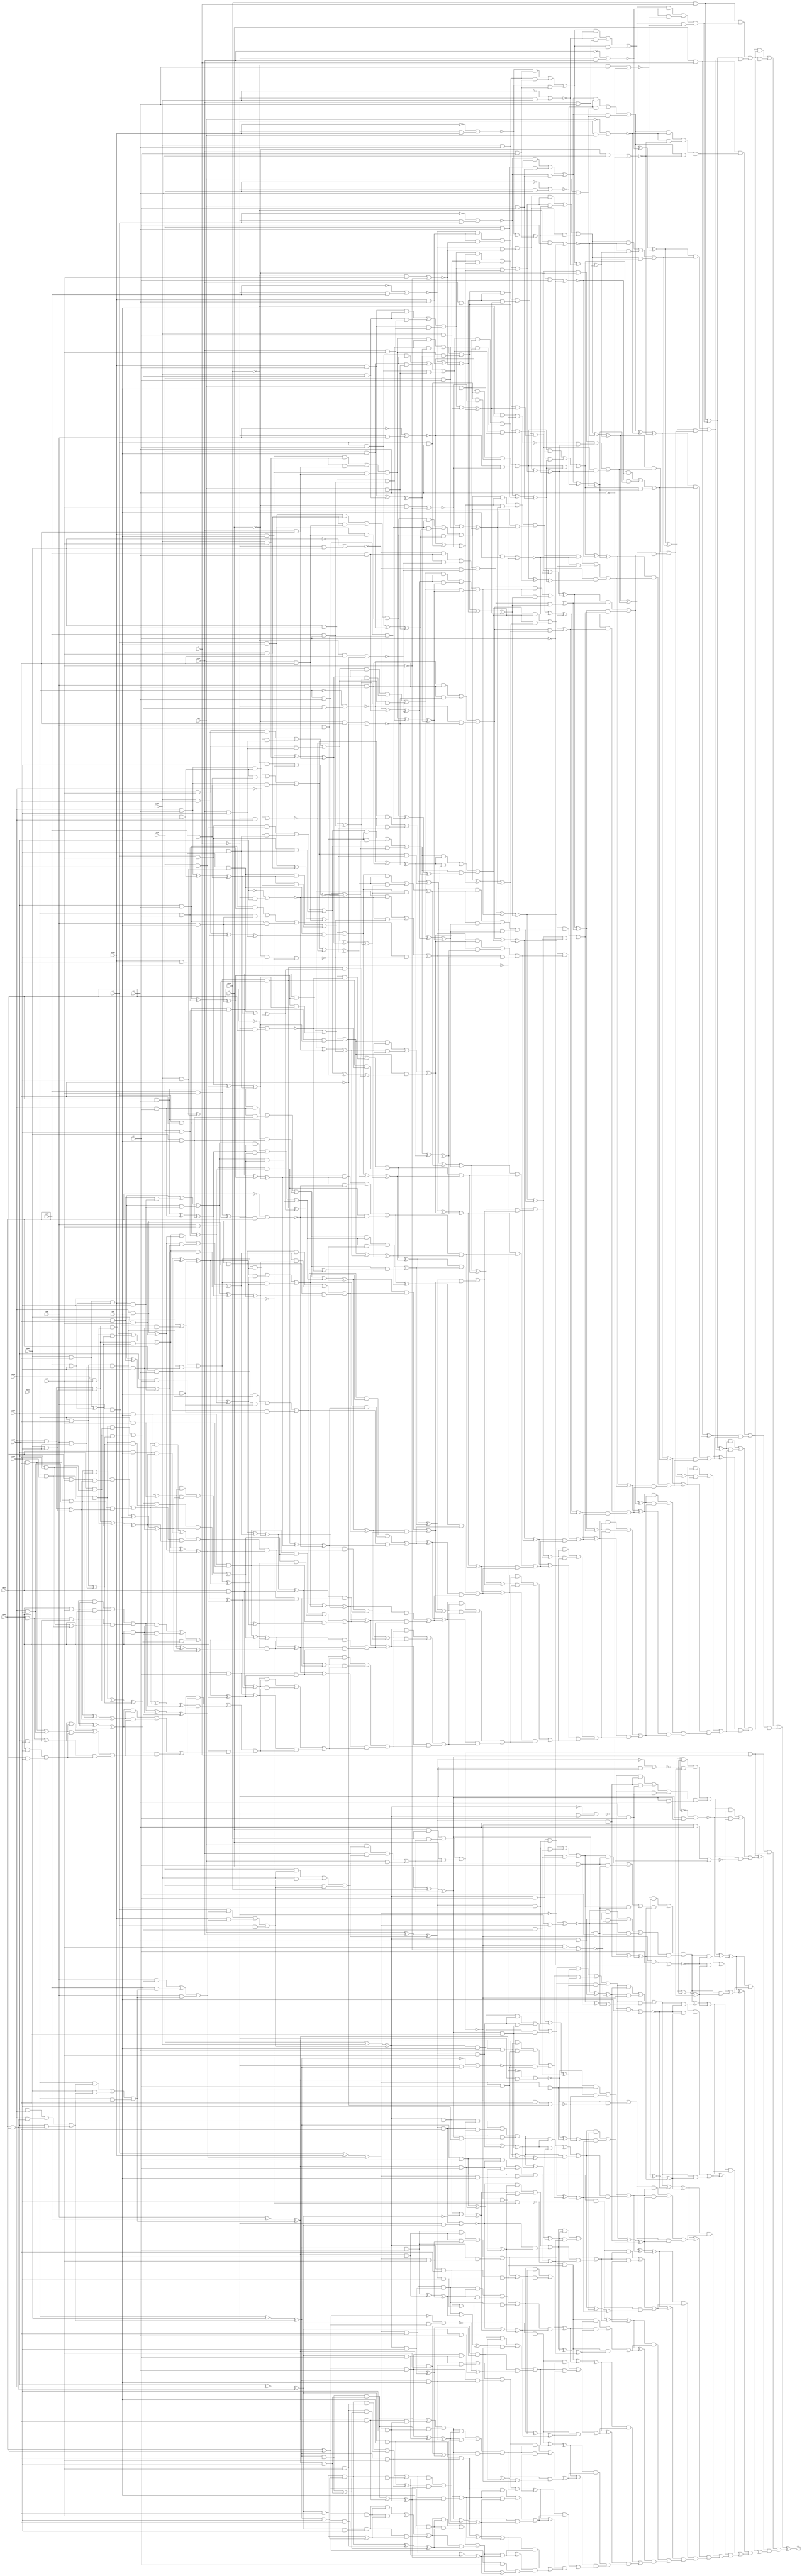
module top (out,n5,n6,n15,n19,n20,n23,n24,n55,n61
        ,n70,n107,n111,n159,n189,n242,n344,n353,n356,n359
        ,n389,n440,n515,n567);
output out;
input n5;
input n6;
input n15;
input n19;
input n20;
input n23;
input n24;
input n55;
input n61;
input n70;
input n107;
input n111;
input n159;
input n189;
input n242;
input n344;
input n353;
input n356;
input n359;
input n389;
input n440;
input n515;
input n567;
wire n0;
wire n1;
wire n2;
wire n3;
wire n4;
wire n7;
wire n8;
wire n9;
wire n10;
wire n11;
wire n12;
wire n13;
wire n14;
wire n16;
wire n17;
wire n18;
wire n21;
wire n22;
wire n25;
wire n26;
wire n27;
wire n28;
wire n29;
wire n30;
wire n31;
wire n32;
wire n33;
wire n34;
wire n35;
wire n36;
wire n37;
wire n38;
wire n39;
wire n40;
wire n41;
wire n42;
wire n43;
wire n44;
wire n45;
wire n46;
wire n47;
wire n48;
wire n49;
wire n50;
wire n51;
wire n52;
wire n53;
wire n54;
wire n56;
wire n57;
wire n58;
wire n59;
wire n60;
wire n62;
wire n63;
wire n64;
wire n65;
wire n66;
wire n67;
wire n68;
wire n69;
wire n71;
wire n72;
wire n73;
wire n74;
wire n75;
wire n76;
wire n77;
wire n78;
wire n79;
wire n80;
wire n81;
wire n82;
wire n83;
wire n84;
wire n85;
wire n86;
wire n87;
wire n88;
wire n89;
wire n90;
wire n91;
wire n92;
wire n93;
wire n94;
wire n95;
wire n96;
wire n97;
wire n98;
wire n99;
wire n100;
wire n101;
wire n102;
wire n103;
wire n104;
wire n105;
wire n106;
wire n108;
wire n109;
wire n110;
wire n112;
wire n113;
wire n114;
wire n115;
wire n116;
wire n117;
wire n118;
wire n119;
wire n120;
wire n121;
wire n122;
wire n123;
wire n124;
wire n125;
wire n126;
wire n127;
wire n128;
wire n129;
wire n130;
wire n131;
wire n132;
wire n133;
wire n134;
wire n135;
wire n136;
wire n137;
wire n138;
wire n139;
wire n140;
wire n141;
wire n142;
wire n143;
wire n144;
wire n145;
wire n146;
wire n147;
wire n148;
wire n149;
wire n150;
wire n151;
wire n152;
wire n153;
wire n154;
wire n155;
wire n156;
wire n157;
wire n158;
wire n160;
wire n161;
wire n162;
wire n163;
wire n164;
wire n165;
wire n166;
wire n167;
wire n168;
wire n169;
wire n170;
wire n171;
wire n172;
wire n173;
wire n174;
wire n175;
wire n176;
wire n177;
wire n178;
wire n179;
wire n180;
wire n181;
wire n182;
wire n183;
wire n184;
wire n185;
wire n186;
wire n187;
wire n188;
wire n190;
wire n191;
wire n192;
wire n193;
wire n194;
wire n195;
wire n196;
wire n197;
wire n198;
wire n199;
wire n200;
wire n201;
wire n202;
wire n203;
wire n204;
wire n205;
wire n206;
wire n207;
wire n208;
wire n209;
wire n210;
wire n211;
wire n212;
wire n213;
wire n214;
wire n215;
wire n216;
wire n217;
wire n218;
wire n219;
wire n220;
wire n221;
wire n222;
wire n223;
wire n224;
wire n225;
wire n226;
wire n227;
wire n228;
wire n229;
wire n230;
wire n231;
wire n232;
wire n233;
wire n234;
wire n235;
wire n236;
wire n237;
wire n238;
wire n239;
wire n240;
wire n241;
wire n243;
wire n244;
wire n245;
wire n246;
wire n247;
wire n248;
wire n249;
wire n250;
wire n251;
wire n252;
wire n253;
wire n254;
wire n255;
wire n256;
wire n257;
wire n258;
wire n259;
wire n260;
wire n261;
wire n262;
wire n263;
wire n264;
wire n265;
wire n266;
wire n267;
wire n268;
wire n269;
wire n270;
wire n271;
wire n272;
wire n273;
wire n274;
wire n275;
wire n276;
wire n277;
wire n278;
wire n279;
wire n280;
wire n281;
wire n282;
wire n283;
wire n284;
wire n285;
wire n286;
wire n287;
wire n288;
wire n289;
wire n290;
wire n291;
wire n292;
wire n293;
wire n294;
wire n295;
wire n296;
wire n297;
wire n298;
wire n299;
wire n300;
wire n301;
wire n302;
wire n303;
wire n304;
wire n305;
wire n306;
wire n307;
wire n308;
wire n309;
wire n310;
wire n311;
wire n312;
wire n313;
wire n314;
wire n315;
wire n316;
wire n317;
wire n318;
wire n319;
wire n320;
wire n321;
wire n322;
wire n323;
wire n324;
wire n325;
wire n326;
wire n327;
wire n328;
wire n329;
wire n330;
wire n331;
wire n332;
wire n333;
wire n334;
wire n335;
wire n336;
wire n337;
wire n338;
wire n339;
wire n340;
wire n341;
wire n342;
wire n343;
wire n345;
wire n346;
wire n347;
wire n348;
wire n349;
wire n350;
wire n351;
wire n352;
wire n354;
wire n355;
wire n357;
wire n358;
wire n360;
wire n361;
wire n362;
wire n363;
wire n364;
wire n365;
wire n366;
wire n367;
wire n368;
wire n369;
wire n370;
wire n371;
wire n372;
wire n373;
wire n374;
wire n375;
wire n376;
wire n377;
wire n378;
wire n379;
wire n380;
wire n381;
wire n382;
wire n383;
wire n384;
wire n385;
wire n386;
wire n387;
wire n388;
wire n390;
wire n391;
wire n392;
wire n393;
wire n394;
wire n395;
wire n396;
wire n397;
wire n398;
wire n399;
wire n400;
wire n401;
wire n402;
wire n403;
wire n404;
wire n405;
wire n406;
wire n407;
wire n408;
wire n409;
wire n410;
wire n411;
wire n412;
wire n413;
wire n414;
wire n415;
wire n416;
wire n417;
wire n418;
wire n419;
wire n420;
wire n421;
wire n422;
wire n423;
wire n424;
wire n425;
wire n426;
wire n427;
wire n428;
wire n429;
wire n430;
wire n431;
wire n432;
wire n433;
wire n434;
wire n435;
wire n436;
wire n437;
wire n438;
wire n439;
wire n441;
wire n442;
wire n443;
wire n444;
wire n445;
wire n446;
wire n447;
wire n448;
wire n449;
wire n450;
wire n451;
wire n452;
wire n453;
wire n454;
wire n455;
wire n456;
wire n457;
wire n458;
wire n459;
wire n460;
wire n461;
wire n462;
wire n463;
wire n464;
wire n465;
wire n466;
wire n467;
wire n468;
wire n469;
wire n470;
wire n471;
wire n472;
wire n473;
wire n474;
wire n475;
wire n476;
wire n477;
wire n478;
wire n479;
wire n480;
wire n481;
wire n482;
wire n483;
wire n484;
wire n485;
wire n486;
wire n487;
wire n488;
wire n489;
wire n490;
wire n491;
wire n492;
wire n493;
wire n494;
wire n495;
wire n496;
wire n497;
wire n498;
wire n499;
wire n500;
wire n501;
wire n502;
wire n503;
wire n504;
wire n505;
wire n506;
wire n507;
wire n508;
wire n509;
wire n510;
wire n511;
wire n512;
wire n513;
wire n514;
wire n516;
wire n517;
wire n518;
wire n519;
wire n520;
wire n521;
wire n522;
wire n523;
wire n524;
wire n525;
wire n526;
wire n527;
wire n528;
wire n529;
wire n530;
wire n531;
wire n532;
wire n533;
wire n534;
wire n535;
wire n536;
wire n537;
wire n538;
wire n539;
wire n540;
wire n541;
wire n542;
wire n543;
wire n544;
wire n545;
wire n546;
wire n547;
wire n548;
wire n549;
wire n550;
wire n551;
wire n552;
wire n553;
wire n554;
wire n555;
wire n556;
wire n557;
wire n558;
wire n559;
wire n560;
wire n561;
wire n562;
wire n563;
wire n564;
wire n565;
wire n566;
wire n568;
wire n569;
wire n570;
wire n571;
wire n572;
wire n573;
wire n574;
wire n575;
wire n576;
wire n577;
wire n578;
wire n579;
wire n580;
wire n581;
wire n582;
wire n583;
wire n584;
wire n585;
wire n586;
wire n587;
wire n588;
wire n589;
wire n590;
wire n591;
wire n592;
wire n593;
wire n594;
wire n595;
wire n596;
wire n597;
wire n598;
wire n599;
wire n600;
wire n601;
wire n602;
wire n603;
wire n604;
wire n605;
wire n606;
wire n607;
wire n608;
wire n609;
wire n610;
wire n611;
wire n612;
wire n613;
wire n614;
wire n615;
wire n616;
wire n617;
wire n618;
wire n619;
wire n620;
wire n621;
wire n622;
wire n623;
wire n624;
wire n625;
wire n626;
wire n627;
wire n628;
wire n629;
wire n630;
wire n631;
wire n632;
wire n633;
wire n634;
wire n635;
wire n636;
wire n637;
wire n638;
wire n639;
wire n640;
wire n641;
wire n642;
wire n643;
wire n644;
wire n645;
wire n646;
wire n647;
wire n648;
wire n649;
wire n650;
wire n651;
wire n652;
wire n653;
wire n654;
wire n655;
wire n656;
wire n657;
wire n658;
wire n659;
wire n660;
wire n661;
wire n662;
wire n663;
wire n664;
wire n665;
wire n666;
wire n667;
wire n668;
wire n669;
wire n670;
wire n671;
wire n672;
wire n673;
wire n674;
wire n675;
wire n676;
wire n677;
wire n678;
wire n679;
wire n680;
wire n681;
wire n682;
wire n683;
wire n684;
wire n685;
wire n686;
wire n687;
wire n688;
wire n689;
wire n690;
wire n691;
wire n692;
wire n693;
wire n694;
wire n695;
wire n696;
wire n697;
wire n698;
wire n699;
wire n700;
wire n701;
wire n702;
wire n703;
wire n704;
wire n705;
wire n706;
wire n707;
wire n708;
wire n709;
wire n710;
wire n711;
wire n712;
wire n713;
wire n714;
wire n715;
wire n716;
wire n717;
wire n718;
wire n719;
wire n720;
wire n721;
wire n722;
wire n723;
wire n724;
wire n725;
wire n726;
wire n727;
wire n728;
wire n729;
wire n730;
wire n731;
wire n732;
wire n733;
wire n734;
wire n735;
wire n736;
wire n737;
wire n738;
wire n739;
wire n740;
wire n741;
wire n742;
wire n743;
wire n744;
wire n745;
wire n746;
wire n747;
wire n748;
wire n749;
wire n750;
wire n751;
wire n752;
wire n753;
wire n754;
wire n755;
wire n756;
wire n757;
wire n758;
wire n759;
wire n760;
wire n761;
wire n762;
wire n763;
wire n764;
wire n765;
wire n766;
wire n767;
wire n768;
wire n769;
wire n770;
wire n771;
wire n772;
wire n773;
wire n774;
wire n775;
wire n776;
wire n777;
wire n778;
wire n779;
wire n780;
wire n781;
wire n782;
wire n783;
wire n784;
wire n785;
wire n786;
wire n787;
wire n788;
wire n789;
wire n790;
wire n791;
wire n792;
wire n793;
wire n794;
wire n795;
wire n796;
wire n797;
wire n798;
wire n799;
wire n800;
wire n801;
wire n802;
wire n803;
wire n804;
wire n805;
wire n806;
wire n807;
wire n808;
wire n809;
wire n810;
wire n811;
wire n812;
wire n813;
wire n814;
wire n815;
wire n816;
wire n817;
wire n818;
wire n819;
wire n820;
wire n821;
wire n822;
wire n823;
wire n824;
wire n825;
wire n826;
wire n827;
wire n828;
wire n829;
wire n830;
wire n831;
wire n832;
wire n833;
wire n834;
wire n835;
wire n836;
wire n837;
wire n838;
wire n839;
wire n840;
wire n841;
wire n842;
wire n843;
wire n844;
wire n845;
wire n846;
wire n847;
wire n848;
wire n849;
wire n850;
wire n851;
wire n852;
wire n853;
wire n854;
wire n855;
wire n856;
wire n857;
wire n858;
wire n859;
wire n860;
wire n861;
wire n862;
wire n863;
wire n864;
wire n865;
wire n866;
wire n867;
wire n868;
wire n869;
wire n870;
wire n871;
wire n872;
wire n873;
wire n874;
wire n875;
wire n876;
wire n877;
wire n878;
wire n879;
wire n880;
wire n881;
wire n882;
wire n883;
wire n884;
wire n885;
wire n886;
wire n887;
wire n888;
wire n889;
wire n890;
wire n891;
wire n892;
wire n893;
wire n894;
wire n895;
wire n896;
wire n897;
wire n898;
wire n899;
wire n900;
wire n901;
wire n902;
wire n903;
wire n904;
wire n905;
wire n906;
wire n907;
wire n908;
wire n909;
wire n910;
wire n911;
wire n912;
wire n913;
wire n914;
wire n915;
wire n916;
wire n917;
wire n918;
wire n919;
wire n920;
wire n921;
wire n922;
wire n923;
wire n924;
wire n925;
wire n926;
wire n927;
wire n928;
wire n929;
wire n930;
wire n931;
wire n932;
wire n933;
wire n934;
wire n935;
wire n936;
wire n937;
wire n938;
wire n939;
wire n940;
wire n941;
wire n942;
wire n943;
wire n944;
wire n945;
wire n946;
wire n947;
wire n948;
wire n949;
wire n950;
wire n951;
wire n952;
wire n953;
wire n954;
wire n955;
wire n956;
wire n957;
wire n958;
wire n959;
wire n960;
wire n961;
wire n962;
wire n963;
wire n964;
wire n965;
wire n966;
wire n967;
wire n968;
wire n969;
wire n970;
wire n971;
wire n972;
wire n973;
wire n974;
wire n975;
wire n976;
wire n977;
wire n978;
wire n979;
wire n980;
wire n981;
wire n982;
wire n983;
wire n984;
wire n985;
wire n986;
wire n987;
wire n988;
wire n989;
wire n990;
wire n991;
wire n992;
wire n993;
wire n994;
wire n995;
wire n996;
wire n997;
wire n998;
wire n999;
wire n1000;
wire n1001;
wire n1002;
wire n1003;
wire n1004;
wire n1005;
wire n1006;
wire n1007;
wire n1008;
wire n1009;
wire n1010;
wire n1011;
wire n1012;
wire n1013;
wire n1014;
wire n1015;
wire n1016;
wire n1017;
wire n1018;
wire n1019;
wire n1020;
wire n1021;
wire n1022;
wire n1023;
wire n1024;
wire n1025;
wire n1026;
wire n1027;
wire n1028;
wire n1029;
wire n1030;
wire n1031;
wire n1032;
wire n1033;
wire n1034;
wire n1035;
wire n1036;
wire n1037;
wire n1038;
wire n1039;
wire n1040;
wire n1041;
wire n1042;
wire n1043;
wire n1044;
wire n1045;
wire n1046;
wire n1047;
wire n1048;
wire n1049;
wire n1050;
wire n1051;
wire n1052;
wire n1053;
wire n1054;
wire n1055;
wire n1056;
wire n1057;
wire n1058;
wire n1059;
wire n1060;
wire n1061;
wire n1062;
wire n1063;
wire n1064;
wire n1065;
wire n1066;
wire n1067;
wire n1068;
wire n1069;
wire n1070;
wire n1071;
wire n1072;
wire n1073;
wire n1074;
wire n1075;
wire n1076;
wire n1077;
wire n1078;
wire n1079;
wire n1080;
wire n1081;
wire n1082;
wire n1083;
wire n1084;
wire n1085;
wire n1086;
wire n1087;
wire n1088;
wire n1089;
wire n1090;
wire n1091;
wire n1092;
wire n1093;
wire n1094;
wire n1095;
wire n1096;
wire n1097;
wire n1098;
wire n1099;
wire n1100;
wire n1101;
wire n1102;
wire n1103;
wire n1104;
wire n1105;
wire n1106;
wire n1107;
wire n1108;
wire n1109;
wire n1110;
wire n1111;
wire n1112;
wire n1113;
wire n1114;
wire n1115;
wire n1116;
wire n1117;
wire n1118;
wire n1119;
wire n1120;
wire n1121;
wire n1122;
wire n1123;
wire n1124;
wire n1125;
wire n1126;
wire n1127;
wire n1128;
wire n1129;
wire n1130;
wire n1131;
wire n1132;
wire n1133;
wire n1134;
wire n1135;
wire n1136;
wire n1137;
wire n1138;
wire n1139;
wire n1140;
wire n1141;
wire n1142;
wire n1143;
wire n1144;
wire n1145;
wire n1146;
wire n1147;
wire n1148;
wire n1149;
wire n1150;
wire n1151;
wire n1152;
wire n1153;
wire n1154;
wire n1155;
wire n1156;
wire n1157;
wire n1158;
wire n1159;
wire n1160;
xor (out,n0,n753);
or (n0,n1,n666,n752);
and (n1,n2,n341);
or (n2,n3,n41);
and (n3,n4,n7);
and (n4,n5,n6);
or (n7,n8,n35,n40);
and (n8,n9,n32);
or (n9,n10,n29,n31);
and (n10,n11,n26);
or (n11,n12,n21,n25);
and (n12,n13,n18);
nor (n13,n14,n16);
not (n14,n15);
and (n16,n17,n15);
not (n17,n6);
and (n18,n19,n20);
and (n21,n18,n22);
and (n22,n23,n24);
and (n25,n13,n22);
nor (n26,n27,n28);
not (n27,n19);
and (n28,n17,n19);
and (n29,n26,n30);
and (n30,n23,n20);
and (n31,n11,n30);
nor (n32,n33,n34);
not (n33,n23);
and (n34,n17,n23);
and (n35,n32,n36);
nor (n36,n37,n39);
and (n37,n38,n20);
not (n38,n5);
not (n39,n20);
and (n40,n9,n36);
and (n41,n42,n43);
xor (n42,n4,n7);
or (n43,n44,n89);
and (n44,n45,n47);
xor (n45,n46,n36);
xor (n46,n9,n32);
or (n47,n48,n85,n88);
and (n48,n49,n82);
or (n49,n50,n78,n81);
and (n50,n51,n64);
or (n51,n52,n58,n63);
and (n52,n53,n57);
nor (n53,n54,n56);
not (n54,n55);
and (n56,n17,n55);
and (n57,n15,n20);
and (n58,n57,n59);
nor (n59,n60,n62);
and (n60,n38,n61);
not (n62,n61);
and (n63,n53,n59);
or (n64,n65,n75,n77);
and (n65,n66,n74);
or (n66,n67,n71,n73);
and (n67,n68,n69);
and (n68,n15,n24);
and (n69,n19,n70);
and (n71,n69,n72);
and (n72,n23,n61);
and (n73,n68,n72);
and (n74,n19,n24);
and (n75,n74,n76);
and (n76,n23,n70);
and (n77,n66,n76);
and (n78,n64,n79);
xor (n79,n80,n22);
xor (n80,n13,n18);
and (n81,n51,n79);
nor (n82,n83,n84);
and (n83,n38,n24);
not (n84,n24);
and (n85,n82,n86);
xor (n86,n87,n30);
xor (n87,n11,n26);
and (n88,n49,n86);
and (n89,n90,n91);
xor (n90,n45,n47);
or (n91,n92,n130);
and (n92,n93,n95);
xor (n93,n94,n86);
xor (n94,n49,n82);
or (n95,n96,n126,n129);
and (n96,n97,n123);
or (n97,n98,n119,n122);
and (n98,n99,n117);
or (n99,n100,n113,n116);
and (n100,n101,n109);
or (n101,n102,n105,n108);
and (n102,n103,n104);
and (n103,n15,n70);
and (n104,n19,n61);
and (n105,n104,n106);
and (n106,n23,n107);
and (n108,n103,n106);
and (n109,n110,n112);
and (n110,n111,n20);
and (n112,n55,n24);
and (n113,n109,n114);
xor (n114,n115,n72);
xor (n115,n68,n69);
and (n116,n101,n114);
xor (n117,n118,n59);
xor (n118,n53,n57);
and (n119,n117,n120);
xor (n120,n121,n76);
xor (n121,n66,n74);
and (n122,n99,n120);
nor (n123,n124,n125);
and (n124,n38,n70);
not (n125,n70);
and (n126,n123,n127);
xor (n127,n128,n79);
xor (n128,n51,n64);
and (n129,n97,n127);
and (n130,n131,n132);
xor (n131,n93,n95);
or (n132,n133,n176);
and (n133,n134,n136);
xor (n134,n135,n127);
xor (n135,n97,n123);
or (n136,n137,n172,n175);
and (n137,n138,n149);
or (n138,n139,n144,n148);
and (n139,n140,n143);
nor (n140,n141,n142);
not (n141,n111);
and (n142,n17,n111);
and (n143,n55,n20);
and (n144,n143,n145);
nor (n145,n146,n147);
and (n146,n38,n107);
not (n147,n107);
and (n148,n140,n145);
or (n149,n150,n168,n171);
and (n150,n151,n166);
or (n151,n152,n163,n165);
and (n152,n153,n161);
or (n153,n154,n157,n160);
and (n154,n155,n156);
and (n155,n15,n61);
and (n156,n19,n107);
and (n157,n156,n158);
and (n158,n23,n159);
and (n160,n155,n158);
xor (n161,n162,n106);
xor (n162,n103,n104);
and (n163,n161,n164);
xor (n164,n110,n112);
and (n165,n153,n164);
xor (n166,n167,n145);
xor (n167,n140,n143);
and (n168,n166,n169);
xor (n169,n170,n114);
xor (n170,n101,n109);
and (n171,n151,n169);
and (n172,n149,n173);
xor (n173,n174,n120);
xor (n174,n99,n117);
and (n175,n138,n173);
and (n176,n177,n178);
xor (n177,n134,n136);
or (n178,n179,n225);
and (n179,n180,n182);
xor (n180,n181,n173);
xor (n181,n138,n149);
or (n182,n183,n221,n224);
and (n183,n184,n202);
or (n184,n185,n197,n201);
and (n185,n186,n194);
or (n186,n187,n191,n193);
and (n187,n188,n190);
and (n188,n189,n20);
and (n190,n111,n24);
and (n191,n190,n192);
and (n192,n55,n70);
and (n193,n188,n192);
nor (n194,n195,n196);
not (n195,n189);
and (n196,n17,n189);
and (n197,n194,n198);
nor (n198,n199,n200);
and (n199,n38,n159);
not (n200,n159);
and (n201,n186,n198);
or (n202,n203,n217,n220);
and (n203,n204,n215);
or (n204,n205,n211,n214);
and (n205,n206,n209);
and (n206,n207,n208);
and (n207,n15,n107);
and (n208,n19,n159);
xor (n209,n210,n192);
xor (n210,n188,n190);
and (n211,n209,n212);
xor (n212,n213,n158);
xor (n213,n155,n156);
and (n214,n206,n212);
xor (n215,n216,n198);
xor (n216,n186,n194);
and (n217,n215,n218);
xor (n218,n219,n164);
xor (n219,n153,n161);
and (n220,n204,n218);
and (n221,n202,n222);
xor (n222,n223,n169);
xor (n223,n151,n166);
and (n224,n184,n222);
and (n225,n226,n227);
xor (n226,n180,n182);
or (n227,n228,n247);
and (n228,n229,n231);
xor (n229,n230,n222);
xor (n230,n184,n202);
and (n231,n232,n245);
or (n232,n233,n239,n244);
and (n233,n234,n237);
and (n234,n235,n236);
and (n235,n55,n61);
xor (n236,n207,n208);
xor (n237,n238,n212);
xor (n238,n206,n209);
and (n239,n237,n240);
nor (n240,n241,n243);
not (n241,n242);
and (n243,n17,n242);
and (n244,n234,n240);
xor (n245,n246,n218);
xor (n246,n204,n215);
and (n247,n248,n249);
xor (n248,n229,n231);
or (n249,n250,n280);
and (n250,n251,n252);
xor (n251,n232,n245);
or (n252,n253,n276,n279);
and (n253,n254,n261);
or (n254,n255,n258,n260);
and (n255,n256,n257);
and (n256,n242,n20);
and (n257,n189,n24);
and (n258,n257,n259);
and (n259,n111,n70);
and (n260,n256,n259);
or (n261,n262,n273,n275);
and (n262,n263,n271);
or (n263,n264,n267,n270);
and (n264,n265,n266);
and (n265,n111,n107);
and (n266,n55,n159);
and (n267,n268,n269);
and (n268,n55,n107);
and (n269,n15,n159);
and (n270,n264,n269);
xor (n271,n272,n259);
xor (n272,n256,n257);
and (n273,n271,n274);
xor (n274,n235,n236);
and (n275,n263,n274);
and (n276,n261,n277);
xor (n277,n278,n240);
xor (n278,n234,n237);
and (n279,n254,n277);
and (n280,n281,n282);
xor (n281,n251,n252);
or (n282,n283,n311);
and (n283,n284,n286);
xor (n284,n285,n277);
xor (n285,n254,n261);
or (n286,n287,n307,n310);
and (n287,n288,n291);
and (n288,n289,n290);
and (n289,n189,n70);
and (n290,n111,n61);
or (n291,n292,n303,n306);
and (n292,n293,n302);
or (n293,n294,n299,n301);
and (n294,n295,n298);
and (n295,n296,n297);
and (n296,n189,n107);
and (n297,n111,n159);
and (n298,n189,n61);
and (n299,n298,n300);
xor (n300,n265,n266);
and (n301,n295,n300);
xor (n302,n289,n290);
and (n303,n302,n304);
xor (n304,n305,n269);
xor (n305,n264,n268);
and (n306,n293,n304);
and (n307,n291,n308);
xor (n308,n309,n274);
xor (n309,n263,n271);
and (n310,n288,n308);
and (n311,n312,n313);
xor (n312,n284,n286);
or (n313,n314,n336);
and (n314,n315,n317);
xor (n315,n316,n308);
xor (n316,n288,n291);
and (n317,n318,n334);
or (n318,n319,n330,n333);
and (n319,n320,n329);
or (n320,n321,n326,n328);
and (n321,n322,n325);
and (n322,n323,n324);
and (n323,n242,n107);
and (n324,n189,n159);
and (n325,n242,n61);
and (n326,n325,n327);
xor (n327,n296,n297);
and (n328,n322,n327);
and (n329,n242,n70);
and (n330,n329,n331);
xor (n331,n332,n300);
xor (n332,n295,n298);
and (n333,n320,n331);
xor (n334,n335,n304);
xor (n335,n293,n302);
and (n336,n337,n338);
xor (n337,n315,n317);
and (n338,n339,n340);
and (n339,n242,n24);
xor (n340,n318,n334);
or (n341,n342,n375);
and (n342,n343,n345);
and (n343,n344,n6);
or (n345,n346,n370,n374);
and (n346,n347,n367);
or (n347,n348,n364,n366);
and (n348,n349,n361);
or (n349,n350,n357,n360);
and (n350,n351,n355);
nor (n351,n352,n354);
not (n352,n353);
and (n354,n17,n353);
and (n355,n356,n20);
and (n357,n355,n358);
and (n358,n359,n24);
and (n360,n351,n358);
nor (n361,n362,n363);
not (n362,n356);
and (n363,n17,n356);
and (n364,n361,n365);
and (n365,n359,n20);
and (n366,n349,n365);
nor (n367,n368,n369);
not (n368,n359);
and (n369,n17,n359);
and (n370,n367,n371);
nor (n371,n372,n39);
and (n372,n373,n20);
not (n373,n344);
and (n374,n347,n371);
and (n375,n376,n377);
xor (n376,n343,n345);
or (n377,n378,n419);
and (n378,n379,n381);
xor (n379,n380,n371);
xor (n380,n347,n367);
or (n381,n382,n415,n418);
and (n382,n383,n413);
or (n383,n384,n409,n412);
and (n384,n385,n396);
or (n385,n386,n392,n395);
and (n386,n387,n391);
nor (n387,n388,n390);
not (n388,n389);
and (n390,n17,n389);
and (n391,n353,n20);
and (n392,n391,n393);
nor (n393,n394,n62);
and (n394,n373,n61);
and (n395,n387,n393);
or (n396,n397,n406,n408);
and (n397,n398,n405);
or (n398,n399,n402,n404);
and (n399,n400,n401);
and (n400,n353,n24);
and (n401,n356,n70);
and (n402,n401,n403);
and (n403,n359,n61);
and (n404,n400,n403);
and (n405,n356,n24);
and (n406,n405,n407);
and (n407,n359,n70);
and (n408,n398,n407);
and (n409,n396,n410);
xor (n410,n411,n358);
xor (n411,n351,n355);
and (n412,n385,n410);
nor (n413,n414,n84);
and (n414,n373,n24);
and (n415,n413,n416);
xor (n416,n417,n365);
xor (n417,n349,n361);
and (n418,n383,n416);
and (n419,n420,n421);
xor (n420,n379,n381);
or (n421,n422,n458);
and (n422,n423,n425);
xor (n423,n424,n416);
xor (n424,n383,n413);
or (n425,n426,n454,n457);
and (n426,n427,n452);
or (n427,n428,n448,n451);
and (n428,n429,n446);
or (n429,n430,n442,n445);
and (n430,n431,n438);
or (n431,n432,n435,n437);
and (n432,n433,n434);
and (n433,n353,n70);
and (n434,n356,n61);
and (n435,n434,n436);
and (n436,n359,n107);
and (n437,n433,n436);
and (n438,n439,n441);
and (n439,n440,n20);
and (n441,n389,n24);
and (n442,n438,n443);
xor (n443,n444,n403);
xor (n444,n400,n401);
and (n445,n431,n443);
xor (n446,n447,n393);
xor (n447,n387,n391);
and (n448,n446,n449);
xor (n449,n450,n407);
xor (n450,n398,n405);
and (n451,n429,n449);
nor (n452,n453,n125);
and (n453,n373,n70);
and (n454,n452,n455);
xor (n455,n456,n410);
xor (n456,n385,n396);
and (n457,n427,n455);
and (n458,n459,n460);
xor (n459,n423,n425);
or (n460,n461,n502);
and (n461,n462,n464);
xor (n462,n463,n455);
xor (n463,n427,n452);
or (n464,n465,n498,n501);
and (n465,n466,n476);
or (n466,n467,n472,n475);
and (n467,n468,n471);
nor (n468,n469,n470);
not (n469,n440);
and (n470,n17,n440);
and (n471,n389,n20);
and (n472,n471,n473);
nor (n473,n474,n147);
and (n474,n373,n107);
and (n475,n468,n473);
or (n476,n477,n494,n497);
and (n477,n478,n492);
or (n478,n479,n489,n491);
and (n479,n480,n487);
or (n480,n481,n484,n486);
and (n481,n482,n483);
and (n482,n353,n61);
and (n483,n356,n107);
and (n484,n483,n485);
and (n485,n359,n159);
and (n486,n482,n485);
xor (n487,n488,n436);
xor (n488,n433,n434);
and (n489,n487,n490);
xor (n490,n439,n441);
and (n491,n480,n490);
xor (n492,n493,n473);
xor (n493,n468,n471);
and (n494,n492,n495);
xor (n495,n496,n443);
xor (n496,n431,n438);
and (n497,n478,n495);
and (n498,n476,n499);
xor (n499,n500,n449);
xor (n500,n429,n446);
and (n501,n466,n499);
and (n502,n503,n504);
xor (n503,n462,n464);
or (n504,n505,n550);
and (n505,n506,n508);
xor (n506,n507,n499);
xor (n507,n466,n476);
or (n508,n509,n546,n549);
and (n509,n510,n527);
or (n510,n511,n523,n526);
and (n511,n512,n520);
or (n512,n513,n517,n519);
and (n513,n514,n516);
and (n514,n515,n20);
and (n516,n440,n24);
and (n517,n516,n518);
and (n518,n389,n70);
and (n519,n514,n518);
nor (n520,n521,n522);
not (n521,n515);
and (n522,n17,n515);
and (n523,n520,n524);
nor (n524,n525,n200);
and (n525,n373,n159);
and (n526,n512,n524);
or (n527,n528,n542,n545);
and (n528,n529,n540);
or (n529,n530,n536,n539);
and (n530,n531,n534);
and (n531,n532,n533);
and (n532,n353,n107);
and (n533,n356,n159);
xor (n534,n535,n518);
xor (n535,n514,n516);
and (n536,n534,n537);
xor (n537,n538,n485);
xor (n538,n482,n483);
and (n539,n531,n537);
xor (n540,n541,n524);
xor (n541,n512,n520);
and (n542,n540,n543);
xor (n543,n544,n490);
xor (n544,n480,n487);
and (n545,n529,n543);
and (n546,n527,n547);
xor (n547,n548,n495);
xor (n548,n478,n492);
and (n549,n510,n547);
and (n550,n551,n552);
xor (n551,n506,n508);
or (n552,n553,n572);
and (n553,n554,n556);
xor (n554,n555,n547);
xor (n555,n510,n527);
and (n556,n557,n570);
or (n557,n558,n564,n569);
and (n558,n559,n562);
and (n559,n560,n561);
and (n560,n389,n61);
xor (n561,n532,n533);
xor (n562,n563,n537);
xor (n563,n531,n534);
and (n564,n562,n565);
nor (n565,n566,n568);
not (n566,n567);
and (n568,n17,n567);
and (n569,n559,n565);
xor (n570,n571,n543);
xor (n571,n529,n540);
and (n572,n573,n574);
xor (n573,n554,n556);
or (n574,n575,n605);
and (n575,n576,n577);
xor (n576,n557,n570);
or (n577,n578,n601,n604);
and (n578,n579,n586);
or (n579,n580,n583,n585);
and (n580,n581,n582);
and (n581,n567,n20);
and (n582,n515,n24);
and (n583,n582,n584);
and (n584,n440,n70);
and (n585,n581,n584);
or (n586,n587,n598,n600);
and (n587,n588,n596);
or (n588,n589,n592,n595);
and (n589,n590,n591);
and (n590,n440,n107);
and (n591,n389,n159);
and (n592,n593,n594);
and (n593,n389,n107);
and (n594,n353,n159);
and (n595,n589,n594);
xor (n596,n597,n584);
xor (n597,n581,n582);
and (n598,n596,n599);
xor (n599,n560,n561);
and (n600,n588,n599);
and (n601,n586,n602);
xor (n602,n603,n565);
xor (n603,n559,n562);
and (n604,n579,n602);
and (n605,n606,n607);
xor (n606,n576,n577);
or (n607,n608,n636);
and (n608,n609,n611);
xor (n609,n610,n602);
xor (n610,n579,n586);
or (n611,n612,n632,n635);
and (n612,n613,n616);
and (n613,n614,n615);
and (n614,n515,n70);
and (n615,n440,n61);
or (n616,n617,n628,n631);
and (n617,n618,n627);
or (n618,n619,n624,n626);
and (n619,n620,n623);
and (n620,n621,n622);
and (n621,n515,n107);
and (n622,n440,n159);
and (n623,n515,n61);
and (n624,n623,n625);
xor (n625,n590,n591);
and (n626,n620,n625);
xor (n627,n614,n615);
and (n628,n627,n629);
xor (n629,n630,n594);
xor (n630,n589,n593);
and (n631,n618,n629);
and (n632,n616,n633);
xor (n633,n634,n599);
xor (n634,n588,n596);
and (n635,n613,n633);
and (n636,n637,n638);
xor (n637,n609,n611);
or (n638,n639,n661);
and (n639,n640,n642);
xor (n640,n641,n633);
xor (n641,n613,n616);
and (n642,n643,n659);
or (n643,n644,n655,n658);
and (n644,n645,n654);
or (n645,n646,n651,n653);
and (n646,n647,n650);
and (n647,n648,n649);
and (n648,n567,n107);
and (n649,n515,n159);
and (n650,n567,n61);
and (n651,n650,n652);
xor (n652,n621,n622);
and (n653,n647,n652);
and (n654,n567,n70);
and (n655,n654,n656);
xor (n656,n657,n625);
xor (n657,n620,n623);
and (n658,n645,n656);
xor (n659,n660,n629);
xor (n660,n618,n627);
and (n661,n662,n663);
xor (n662,n640,n642);
and (n663,n664,n665);
and (n664,n567,n24);
xor (n665,n643,n659);
and (n666,n341,n667);
or (n667,n668,n671,n751);
and (n668,n669,n670);
xor (n669,n42,n43);
xor (n670,n376,n377);
and (n671,n670,n672);
or (n672,n673,n676,n750);
and (n673,n674,n675);
xor (n674,n90,n91);
xor (n675,n420,n421);
and (n676,n675,n677);
or (n677,n678,n681,n749);
and (n678,n679,n680);
xor (n679,n131,n132);
xor (n680,n459,n460);
and (n681,n680,n682);
or (n682,n683,n686,n748);
and (n683,n684,n685);
xor (n684,n177,n178);
xor (n685,n503,n504);
and (n686,n685,n687);
or (n687,n688,n691,n747);
and (n688,n689,n690);
xor (n689,n226,n227);
xor (n690,n551,n552);
and (n691,n690,n692);
or (n692,n693,n696,n746);
and (n693,n694,n695);
xor (n694,n248,n249);
xor (n695,n573,n574);
and (n696,n695,n697);
or (n697,n698,n701,n745);
and (n698,n699,n700);
xor (n699,n281,n282);
xor (n700,n606,n607);
and (n701,n700,n702);
or (n702,n703,n706,n744);
and (n703,n704,n705);
xor (n704,n312,n313);
xor (n705,n637,n638);
and (n706,n705,n707);
or (n707,n708,n711,n743);
and (n708,n709,n710);
xor (n709,n337,n338);
xor (n710,n662,n663);
and (n711,n710,n712);
or (n712,n713,n716,n742);
and (n713,n714,n715);
xor (n714,n339,n340);
xor (n715,n664,n665);
and (n716,n715,n717);
or (n717,n718,n723,n741);
and (n718,n719,n721);
xor (n719,n720,n331);
xor (n720,n320,n329);
xor (n721,n722,n656);
xor (n722,n645,n654);
and (n723,n721,n724);
or (n724,n725,n730,n740);
and (n725,n726,n728);
xor (n726,n727,n327);
xor (n727,n322,n325);
xor (n728,n729,n652);
xor (n729,n647,n650);
and (n730,n728,n731);
or (n731,n732,n735,n739);
and (n732,n733,n734);
xor (n733,n323,n324);
xor (n734,n648,n649);
and (n735,n734,n736);
and (n736,n737,n738);
and (n737,n242,n159);
and (n738,n567,n159);
and (n739,n733,n736);
and (n740,n726,n731);
and (n741,n719,n724);
and (n742,n714,n717);
and (n743,n709,n712);
and (n744,n704,n707);
and (n745,n699,n702);
and (n746,n694,n697);
and (n747,n689,n692);
and (n748,n684,n687);
and (n749,n679,n682);
and (n750,n674,n677);
and (n751,n669,n672);
and (n752,n2,n667);
or (n753,n754,n818);
and (n754,n755,n785);
and (n755,n756,n6);
or (n756,n757,n758,n784);
and (n757,n5,n344);
and (n758,n344,n759);
or (n759,n760,n761,n783);
and (n760,n23,n359);
and (n761,n359,n762);
or (n762,n763,n764,n782);
and (n763,n19,n356);
and (n764,n356,n765);
or (n765,n766,n767,n781);
and (n766,n15,n353);
and (n767,n353,n768);
or (n768,n769,n770,n780);
and (n769,n55,n389);
and (n770,n389,n771);
or (n771,n772,n773,n779);
and (n772,n111,n440);
and (n773,n440,n774);
or (n774,n775,n776,n778);
and (n775,n189,n515);
and (n776,n515,n777);
and (n777,n242,n567);
and (n778,n189,n777);
and (n779,n111,n774);
and (n780,n55,n771);
and (n781,n15,n768);
and (n782,n19,n765);
and (n783,n23,n762);
and (n784,n5,n759);
or (n785,n786,n813,n817);
and (n786,n787,n810);
or (n787,n788,n807,n809);
and (n788,n789,n804);
or (n789,n790,n799,n803);
and (n790,n791,n796);
nor (n791,n792,n795);
not (n792,n793);
xor (n793,n794,n765);
xor (n794,n19,n356);
and (n795,n17,n793);
and (n796,n797,n20);
xor (n797,n798,n762);
xor (n798,n23,n359);
and (n799,n796,n800);
and (n800,n801,n24);
xor (n801,n802,n759);
xor (n802,n5,n344);
and (n803,n791,n800);
nor (n804,n805,n806);
not (n805,n797);
and (n806,n17,n797);
and (n807,n804,n808);
and (n808,n801,n20);
and (n809,n789,n808);
nor (n810,n811,n812);
not (n811,n801);
and (n812,n17,n801);
and (n813,n810,n814);
nor (n814,n815,n39);
and (n815,n816,n20);
not (n816,n756);
and (n817,n787,n814);
and (n818,n819,n820);
xor (n819,n755,n785);
or (n820,n821,n863);
and (n821,n822,n824);
xor (n822,n823,n814);
xor (n823,n787,n810);
or (n824,n825,n859,n862);
and (n825,n826,n857);
or (n826,n827,n853,n856);
and (n827,n828,n840);
or (n828,n829,n836,n839);
and (n829,n830,n835);
nor (n830,n831,n834);
not (n831,n832);
xor (n832,n833,n768);
xor (n833,n15,n353);
and (n834,n17,n832);
and (n835,n793,n20);
and (n836,n835,n837);
nor (n837,n838,n62);
and (n838,n816,n61);
and (n839,n830,n837);
or (n840,n841,n850,n852);
and (n841,n842,n849);
or (n842,n843,n846,n848);
and (n843,n844,n845);
and (n844,n793,n24);
and (n845,n797,n70);
and (n846,n845,n847);
and (n847,n801,n61);
and (n848,n844,n847);
and (n849,n797,n24);
and (n850,n849,n851);
and (n851,n801,n70);
and (n852,n842,n851);
and (n853,n840,n854);
xor (n854,n855,n800);
xor (n855,n791,n796);
and (n856,n828,n854);
nor (n857,n858,n84);
and (n858,n816,n24);
and (n859,n857,n860);
xor (n860,n861,n808);
xor (n861,n789,n804);
and (n862,n826,n860);
and (n863,n864,n865);
xor (n864,n822,n824);
or (n865,n866,n911);
and (n866,n867,n869);
xor (n867,n868,n860);
xor (n868,n826,n857);
or (n869,n870,n907,n910);
and (n870,n871,n905);
or (n871,n872,n901,n904);
and (n872,n873,n899);
or (n873,n874,n895,n898);
and (n874,n875,n882);
or (n875,n876,n879,n881);
and (n876,n877,n878);
and (n877,n793,n70);
and (n878,n797,n61);
and (n879,n878,n880);
and (n880,n801,n107);
and (n881,n877,n880);
or (n882,n883,n892,n894);
and (n883,n884,n889);
nor (n884,n885,n888);
not (n885,n886);
xor (n886,n887,n774);
xor (n887,n111,n440);
and (n888,n17,n886);
and (n889,n890,n20);
xor (n890,n891,n771);
xor (n891,n55,n389);
and (n892,n889,n893);
and (n893,n832,n24);
and (n894,n884,n893);
and (n895,n882,n896);
xor (n896,n897,n847);
xor (n897,n844,n845);
and (n898,n875,n896);
xor (n899,n900,n837);
xor (n900,n830,n835);
and (n901,n899,n902);
xor (n902,n903,n851);
xor (n903,n842,n849);
and (n904,n873,n902);
nor (n905,n906,n125);
and (n906,n816,n70);
and (n907,n905,n908);
xor (n908,n909,n854);
xor (n909,n828,n840);
and (n910,n871,n908);
and (n911,n912,n913);
xor (n912,n867,n869);
or (n913,n914,n956);
and (n914,n915,n917);
xor (n915,n916,n908);
xor (n916,n871,n905);
or (n917,n918,n952,n955);
and (n918,n919,n929);
or (n919,n920,n925,n928);
and (n920,n921,n924);
nor (n921,n922,n923);
not (n922,n890);
and (n923,n17,n890);
and (n924,n832,n20);
and (n925,n924,n926);
nor (n926,n927,n147);
and (n927,n816,n107);
and (n928,n921,n926);
or (n929,n930,n948,n951);
and (n930,n931,n946);
or (n931,n932,n942,n945);
and (n932,n933,n940);
or (n933,n934,n937,n939);
and (n934,n935,n936);
and (n935,n793,n61);
and (n936,n797,n107);
and (n937,n936,n938);
and (n938,n801,n159);
and (n939,n935,n938);
xor (n940,n941,n880);
xor (n941,n877,n878);
and (n942,n940,n943);
xor (n943,n944,n893);
xor (n944,n884,n889);
and (n945,n933,n943);
xor (n946,n947,n926);
xor (n947,n921,n924);
and (n948,n946,n949);
xor (n949,n950,n896);
xor (n950,n875,n882);
and (n951,n931,n949);
and (n952,n929,n953);
xor (n953,n954,n902);
xor (n954,n873,n899);
and (n955,n919,n953);
and (n956,n957,n958);
xor (n957,n915,n917);
or (n958,n959,n998);
and (n959,n960,n962);
xor (n960,n961,n953);
xor (n961,n919,n929);
or (n962,n963,n994,n997);
and (n963,n964,n974);
and (n964,n965,n972);
or (n965,n966,n969,n971);
and (n966,n967,n968);
and (n967,n886,n20);
and (n968,n890,n24);
and (n969,n968,n970);
and (n970,n832,n70);
and (n971,n967,n970);
nor (n972,n973,n200);
and (n973,n816,n159);
or (n974,n975,n991,n993);
and (n975,n976,n989);
or (n976,n977,n985,n988);
and (n977,n978,n983);
nor (n978,n979,n982);
not (n979,n980);
xor (n980,n981,n777);
xor (n981,n189,n515);
and (n982,n17,n980);
xor (n983,n984,n938);
xor (n984,n935,n936);
and (n985,n983,n986);
xor (n986,n987,n970);
xor (n987,n967,n968);
and (n988,n978,n986);
xor (n989,n990,n943);
xor (n990,n933,n940);
and (n991,n989,n992);
xor (n992,n965,n972);
and (n993,n976,n992);
and (n994,n974,n995);
xor (n995,n996,n949);
xor (n996,n931,n946);
and (n997,n964,n995);
and (n998,n999,n1000);
xor (n999,n960,n962);
or (n1000,n1001,n1038);
and (n1001,n1002,n1004);
xor (n1002,n1003,n995);
xor (n1003,n964,n974);
or (n1004,n1005,n1034,n1037);
and (n1005,n1006,n1017);
and (n1006,n1007,n1014);
or (n1007,n1008,n1011,n1013);
and (n1008,n1009,n1010);
and (n1009,n886,n24);
and (n1010,n890,n70);
and (n1011,n1010,n1012);
and (n1012,n832,n61);
and (n1013,n1009,n1012);
and (n1014,n1015,n1016);
and (n1015,n793,n107);
and (n1016,n797,n159);
or (n1017,n1018,n1030,n1033);
and (n1018,n1019,n1029);
or (n1019,n1020,n1026,n1028);
and (n1020,n1021,n1024);
and (n1021,n1022,n1023);
and (n1022,n832,n107);
and (n1023,n793,n159);
xor (n1024,n1025,n1012);
xor (n1025,n1009,n1010);
and (n1026,n1024,n1027);
xor (n1027,n1015,n1016);
and (n1028,n1021,n1027);
xor (n1029,n1007,n1014);
and (n1030,n1029,n1031);
xor (n1031,n1032,n986);
xor (n1032,n978,n983);
and (n1033,n1019,n1031);
and (n1034,n1017,n1035);
xor (n1035,n1036,n992);
xor (n1036,n976,n989);
and (n1037,n1006,n1035);
and (n1038,n1039,n1040);
xor (n1039,n1002,n1004);
or (n1040,n1041,n1066);
and (n1041,n1042,n1044);
xor (n1042,n1043,n1035);
xor (n1043,n1006,n1017);
or (n1044,n1045,n1062,n1065);
and (n1045,n1046,n1052);
and (n1046,n1047,n1051);
nor (n1047,n1048,n1050);
not (n1048,n1049);
xor (n1049,n242,n567);
and (n1050,n17,n1049);
and (n1051,n980,n20);
or (n1052,n1053,n1059,n1061);
and (n1053,n1054,n1057);
and (n1054,n1055,n1056);
and (n1055,n890,n61);
xor (n1056,n1022,n1023);
xor (n1057,n1058,n1027);
xor (n1058,n1021,n1024);
and (n1059,n1057,n1060);
xor (n1060,n1047,n1051);
and (n1061,n1054,n1060);
and (n1062,n1052,n1063);
xor (n1063,n1064,n1031);
xor (n1064,n1019,n1029);
and (n1065,n1046,n1063);
and (n1066,n1067,n1068);
xor (n1067,n1042,n1044);
or (n1068,n1069,n1100);
and (n1069,n1070,n1072);
xor (n1070,n1071,n1063);
xor (n1071,n1046,n1052);
or (n1072,n1073,n1096,n1099);
and (n1073,n1074,n1081);
or (n1074,n1075,n1078,n1080);
and (n1075,n1076,n1077);
and (n1076,n1049,n20);
and (n1077,n980,n24);
and (n1078,n1077,n1079);
and (n1079,n886,n70);
and (n1080,n1076,n1079);
or (n1081,n1082,n1093,n1095);
and (n1082,n1083,n1091);
or (n1083,n1084,n1087,n1090);
and (n1084,n1085,n1086);
and (n1085,n886,n107);
and (n1086,n890,n159);
and (n1087,n1088,n1089);
and (n1088,n890,n107);
and (n1089,n832,n159);
and (n1090,n1084,n1089);
xor (n1091,n1092,n1079);
xor (n1092,n1076,n1077);
and (n1093,n1091,n1094);
xor (n1094,n1055,n1056);
and (n1095,n1083,n1094);
and (n1096,n1081,n1097);
xor (n1097,n1098,n1060);
xor (n1098,n1054,n1057);
and (n1099,n1074,n1097);
and (n1100,n1101,n1102);
xor (n1101,n1070,n1072);
or (n1102,n1103,n1131);
and (n1103,n1104,n1106);
xor (n1104,n1105,n1097);
xor (n1105,n1074,n1081);
or (n1106,n1107,n1127,n1130);
and (n1107,n1108,n1111);
and (n1108,n1109,n1110);
and (n1109,n980,n70);
and (n1110,n886,n61);
or (n1111,n1112,n1123,n1126);
and (n1112,n1113,n1122);
or (n1113,n1114,n1119,n1121);
and (n1114,n1115,n1118);
and (n1115,n1116,n1117);
and (n1116,n980,n107);
and (n1117,n886,n159);
and (n1118,n980,n61);
and (n1119,n1118,n1120);
xor (n1120,n1085,n1086);
and (n1121,n1115,n1120);
xor (n1122,n1109,n1110);
and (n1123,n1122,n1124);
xor (n1124,n1125,n1089);
xor (n1125,n1084,n1088);
and (n1126,n1113,n1124);
and (n1127,n1111,n1128);
xor (n1128,n1129,n1094);
xor (n1129,n1083,n1091);
and (n1130,n1108,n1128);
and (n1131,n1132,n1133);
xor (n1132,n1104,n1106);
or (n1133,n1134,n1156);
and (n1134,n1135,n1137);
xor (n1135,n1136,n1128);
xor (n1136,n1108,n1111);
and (n1137,n1138,n1154);
or (n1138,n1139,n1150,n1153);
and (n1139,n1140,n1149);
or (n1140,n1141,n1146,n1148);
and (n1141,n1142,n1145);
and (n1142,n1143,n1144);
and (n1143,n1049,n107);
and (n1144,n980,n159);
and (n1145,n1049,n61);
and (n1146,n1145,n1147);
xor (n1147,n1116,n1117);
and (n1148,n1142,n1147);
and (n1149,n1049,n70);
and (n1150,n1149,n1151);
xor (n1151,n1152,n1120);
xor (n1152,n1115,n1118);
and (n1153,n1140,n1151);
xor (n1154,n1155,n1124);
xor (n1155,n1113,n1122);
and (n1156,n1157,n1158);
xor (n1157,n1135,n1137);
and (n1158,n1159,n1160);
and (n1159,n1049,n24);
xor (n1160,n1138,n1154);
endmodule